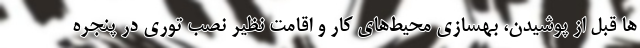
ها قبل از پوشیدن، بهسازی محیط‌های کار و اقامت نظیر نصب توری در پنجره